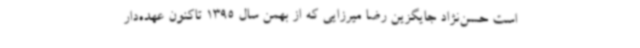
است حسن‌نژاد جایگزین رضا میرزایی که از بهمن سال 1395 تاکنون عهده‌دار